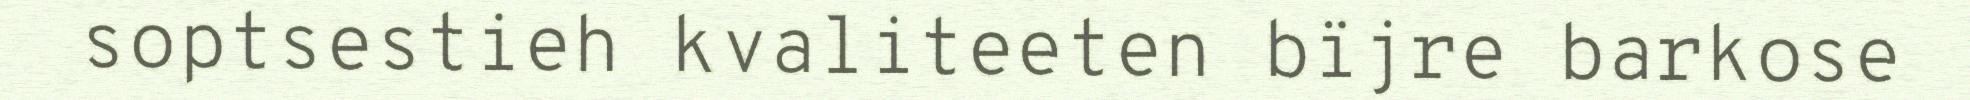
soptsestieh kvaliteeten bïjre barkose